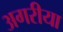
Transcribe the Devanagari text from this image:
अगरीया